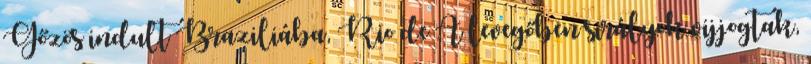
Gőzös indult Braziliába, Rio de A levegőben sirályok vijjogtak,